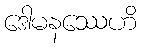
ဒေါမနဿေဟိ